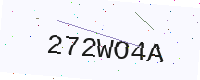
Text: 272WO4A